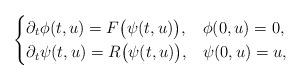
LaTeX: \begin{align*}\begin{cases} \partial_t \phi(t,u)=F\big(\psi(t,u)\big), & \phi(0,u)=0, \\ \partial_t \psi(t,u)=R\big(\psi(t,u)\big), & \psi(0,u)=u, \\\end{cases}\end{align*}